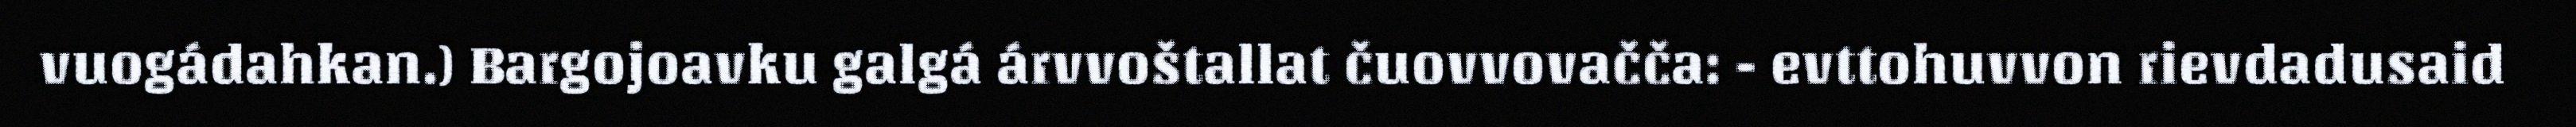
vuogádahkan.) Bargojoavku galgá árvvoštallat čuovvovačča: - evttohuvvon rievdadusaid